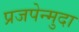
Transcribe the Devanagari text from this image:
प्रजपेन्मुदा